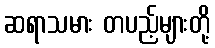
ဆရာသမား တပည့်များတို့